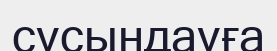
сусындауға